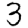
Digit: 3